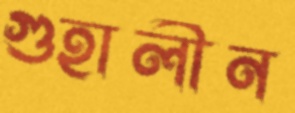
গুহালীন